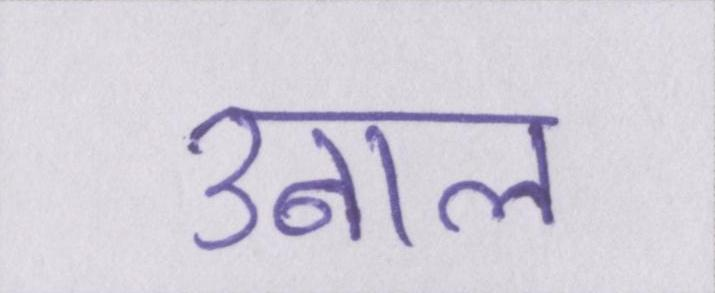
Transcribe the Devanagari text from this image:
उबाल